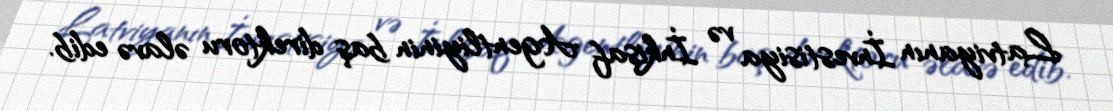
Latviyanın İnvestisiya və İnkişaf Agentliyinin baş direktoru əlavə edib.